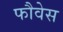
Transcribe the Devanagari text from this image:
फौवेस